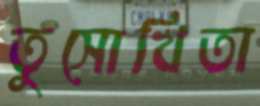
তুসোখিতা